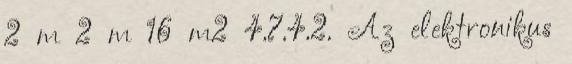
2 m 2 m 16 m2 4.7.4.2. Az elektronikus